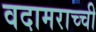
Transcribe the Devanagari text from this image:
वदामराच्ची